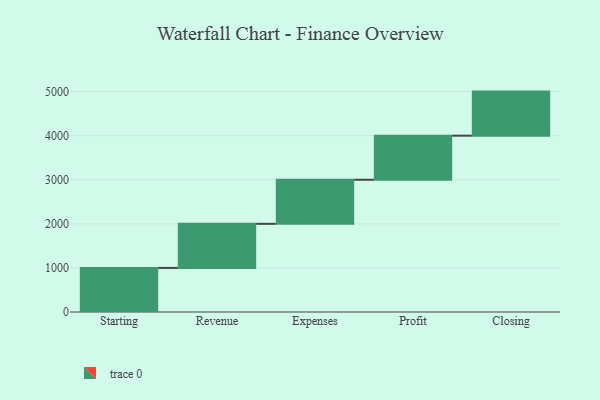
{"axis": {"x": "Step", "y": "Value"}, "legend": [""], "data": [{"x": "Starting", "y": 1000, "type": ""}, {"x": "Revenue", "y": 1000, "type": ""}, {"x": "Expenses", "y": 1000, "type": ""}, {"x": "Profit", "y": 1000, "type": ""}, {"x": "Closing", "y": 1000, "type": ""}]}